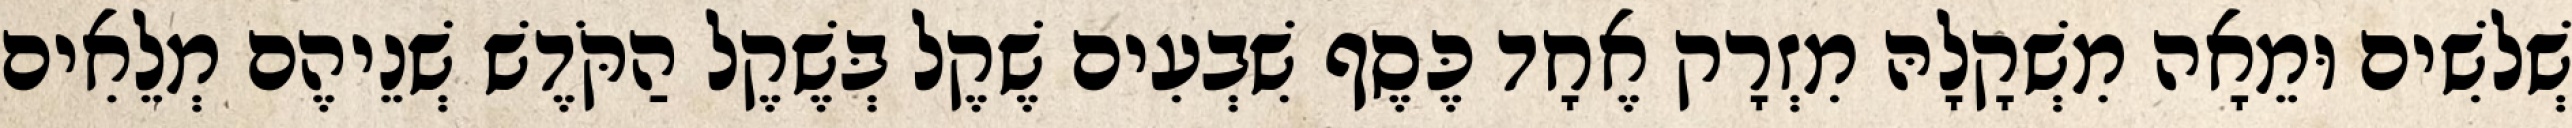
שְׁלשִׁים וּמֵאָה מִשְׁקָלָהּ מִזְרָק אֶחָד כֶּסֶף שִׁבְעִים שֶׁקֶל בְּשֶׁקֶל הַקֹּדֶשׁ שְׁנֵיהֶם מְלֵאִים